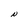
Character: N